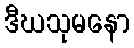
ဒီဃသုမနော